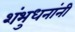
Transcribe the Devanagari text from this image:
शंभुधनांनी